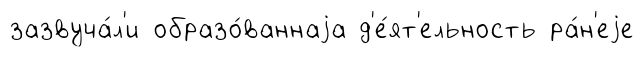
зазвуча́л'и образо́ваннаjа д'е́ят'ельность ра́н'еjе